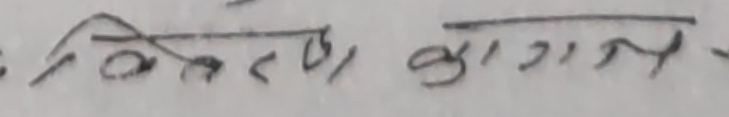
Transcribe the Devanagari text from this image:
कित्ता कागज